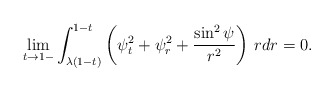
\begin{align*}\lim_{t\to 1-}\int_{\lambda(1-t)}^{1-t}\left(\psi_t^2+\psi_r^2+\frac{\sin^2{\psi}}{r^2}\right)\,rdr=0.\end{align*}